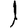
Digit: 1